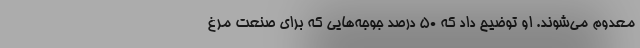
معدوم می‌شوند. او توضیح داد که ۵۰ درصد جوجه‌هایی که برای صنعت مرغ